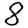
Digit: 8